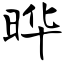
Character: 晔